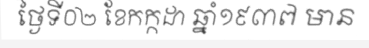
ថ្ងៃទី០២ ខែកក្កដា ឆ្នាំ១៩៣៧ មាន